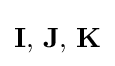
\mathbf {I} ,\,\mathbf {J} ,\,\mathbf {K}